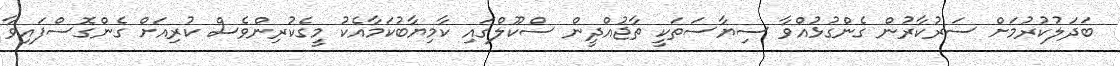
ބަދަލުކުރުމަށް ސަރުކާރުން ގެންގުޅުއްވާ ސިޔާސަތަކީ ތާޖުއްދީން ސްކޫލްގައި ކާމިޔާބުކަމާއެކު މީގެކުރިންވެސް ކުރިއަށް ގެންގޮސްފައިވާ